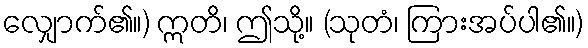
လျှောက်၏။) ဣတိ၊ ဤသို့။ (သုတံ၊ ကြားအပ်ပါ၏။)